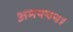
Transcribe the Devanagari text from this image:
अमययन।